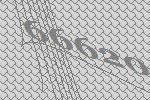
66620